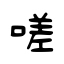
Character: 嗟